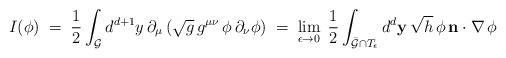
LaTeX: \begin{align*}I(\phi)\;=\;\frac{1}{2}\int_{\cal G}d^{d+1}y\,\partial_{\mu}\,(\sqrt{g}\,g^{\mu\nu}\,\phi\,\partial_{\nu}\phi)\;=\;\lim_{\epsilon\rightarrow 0}\;\frac{1}{2}\int_{\bar{\cal G}\cap T_{\epsilon}} d^{d}{\bf y}\,\sqrt{h}\,\phi\,{\bf n}\cdot\nabla\,\phi\end{align*}